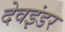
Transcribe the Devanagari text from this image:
देवइंडर